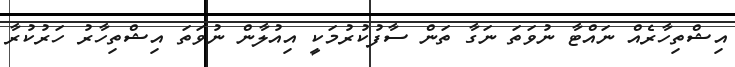
އިޝްތިހާރެއް ނައްޓާ ނުވަތަ ނަގާ ތަން ސާފުކުރުމަކީ އިއުލާން ނުވަތަ އިޝްތިހާރު ހަރުކުރާ